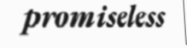
promiseless